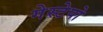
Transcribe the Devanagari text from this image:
गेस्टेपो